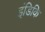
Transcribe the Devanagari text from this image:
इंडिकि